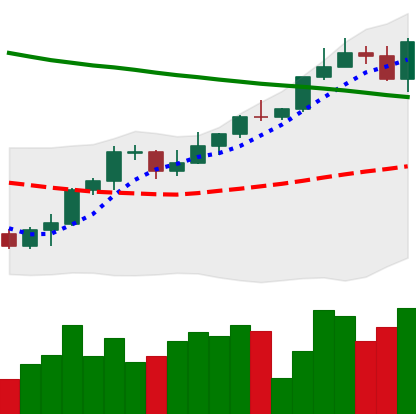
Ticker: ETH-USD
Chart end date: 2022-04-01
Forward return: -8.055%
Label: down_7plus